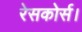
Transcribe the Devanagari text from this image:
रेसकोर्स।